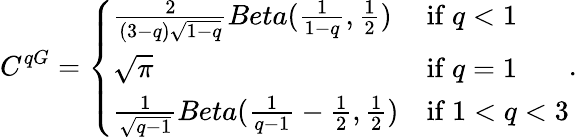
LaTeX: C^{qG}=\left\{ \begin{array}{ll}{\frac{2}{(3-q)\sqrt{1-q}}Beta(\frac{1}{1-q},\frac{1}{2})}&{\mathrm{if~}q<1}\\ {\sqrt{\pi}}&{\mathrm{if~}q=1}\\ {\frac{1}{\sqrt{q-1}}Beta(\frac{1}{q-1}-\frac{1}{2},\frac{1}{2})}&{\mathrm{if~}1<q<3}\end{array}\right..